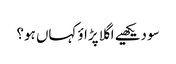
سو دیکھیے اگلا پڑاؤ کہاں ہو؟